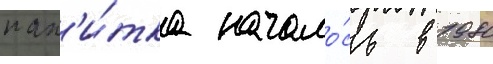
нап'и́тка начало́сь в 1980